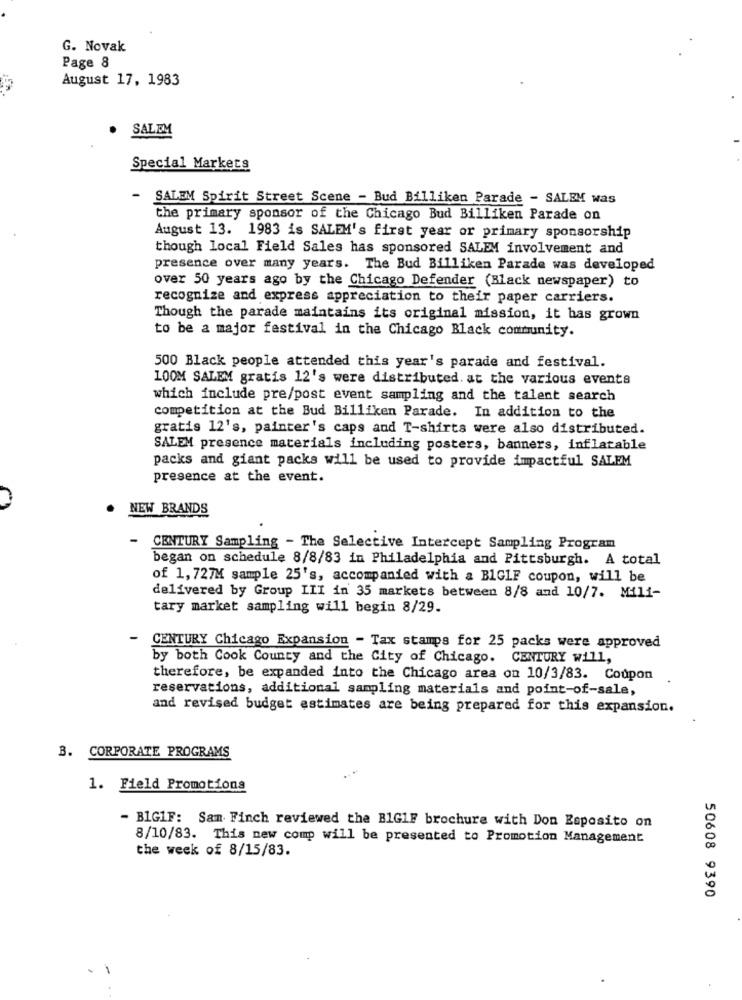
G. Novak
Page 8
August 17, 1983
SALEM
Special Markets
SALEM Spirit Street Scene - Bud Billiken Parade - SALEM was
the primary sponsor of the Chicago Bud Billiken Parade on
August 13. 1983 is SALEM's first year or primary sponsorship
though local Field Sales has sponsored SALEM involvement and
presence over many years. The Bud Billiken Parade was developed
over 50 years ago by the Chicago Defender (Black newspaper) to
recognize and express appreciation to their paper carriers.
Though the parade maintains its original mission, it has grown
to be a major festival in the Chicago Black community.
500 Black people attended this year's parade and festival.
100M SALEM gratis 12's were distributed. at the various events
which include pre/post event sampling and the talent search
competition at the Bud Billiken Parade. In addition to the
gratis 12's, painter's caps and T-shirts were also distributed.
SALEM presence materials including posters, banners, inflatable
packs and giant packs will be used to provide impactful SALEM
presence at the event.
NEW BRANDS
- CENTURY Sampling - The Selective Intercept Sampling Program
began on schedule 8/8/83 in Philadelphia and Pittsburgh. A total
of 1, 727M sample 25's, accompanied with a BIGLF coupon, will be
delivered by Group III in 35 markets between 8/8 and 10/7. Mili-
tary market sampling will begin 8/29.
-
CENTURY Chicago Expansion - Tax stamps for 25 packs were approved
by both Cook County and the City of Chicago. CENTURY will,
therefore, be expanded into the Chicago area on 10/3/83. Coupon
reservations, additional sampling materials and point-of-sale,
and revised budget estimates are being prepared for this expansion.
B. CORPORATE PROGRAMS
1. Field Promotions
- BIGIF: Sam Finch reviewed the BIG1F brochure with Don Esposito on
8/10/83. This new comp will be presented to Promotion Management
the week of 8/15/83.
50608 9390